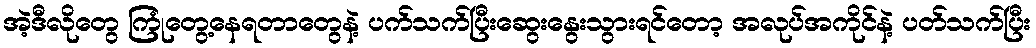
အဲ့ဒီလိုတွေ ကြုံတွေ့နေရတာတွေနဲ့ ပက်သက်ပြီးဆွေးနွေးသွားရင်တော့ အလုပ်အကိုင်နဲ့ ပတ်သက်ပြီး